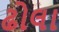
ઢોલા